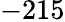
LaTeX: -215